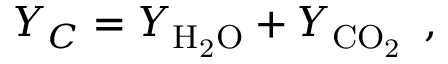
Y _ { C } = Y _ { \mathrm { H _ { 2 } O } } + Y _ { \mathrm { C O _ { 2 } } } \, \mathrm { ~ , ~ }